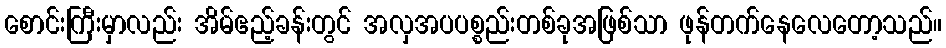
စောင်းကြီးမှာလည်း အိမ်ဧည့်ခန်းတွင် အလှအပပစ္စည်းတစ်ခုအဖြစ်သာ ဖုန်တက်နေလေတော့သည်။